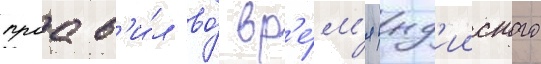
проав'и́л во́ вр'е́м'я инд'ииского